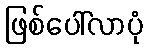
ဖြစ်ပေါ်လာပုံ